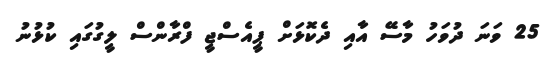
25 ވަނަ ދުވަހު މާސޭ އާއި ދެކޮޅަށް ޕީއެސްޖީ ފްރާންސް ލީގުގައި ކުޅުނު